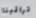
تراقبنا